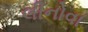
લીનોવા